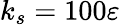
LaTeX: k_{s}=100\varepsilon